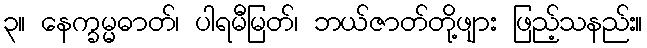
၃။ နေက္ခမ္မဓာတ်၊ ပါရမီမြတ်၊ ဘယ်ဇာတ်တို့ဖျား ဖြည့်သနည်း။